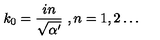
k _ { 0 } = \frac { i n } { \sqrt { \alpha ^ { \prime } } } \ , n = 1 , 2 \dots